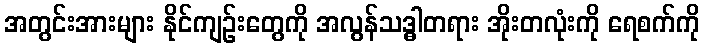
အတွင်းအားများ နိုင်ကျဉ်းတွေကို အလွန်သဒ္ဓါတရား အိုးတလုံးကို ရေစက်ကို